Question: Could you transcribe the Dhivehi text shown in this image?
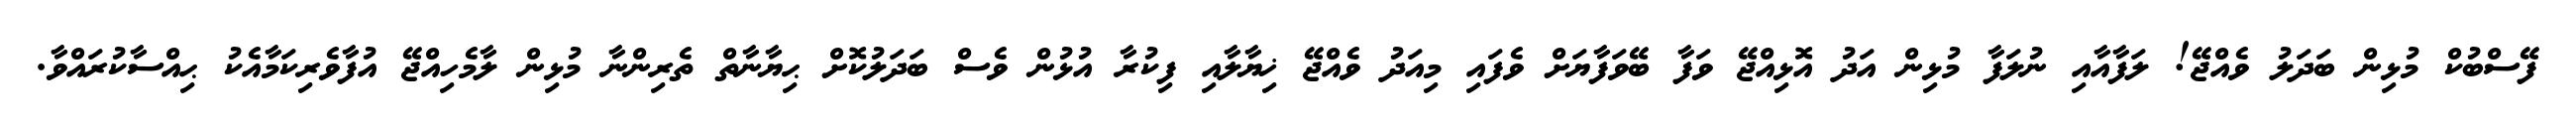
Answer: ފޭސްބުކް މުޅިން ބަދަލު ވެއްޖޭ! ލަފާއާއި ނުލަފާ މުޅިން އަދު އޮޅިއްޖޭ ވަފާ ބޭވަފާޔަށް ވެފައި މިއަދު ވެއްޖޭ ޚިޔާލާއި ފިކުރާ އުޅުން ވެސް ބަދަލުކޮށް ޙިޔާނާތް ތެރިންނާ މުޅިން ލާމެހިއްޖޭ އުފާވެރިކަމާއެކު ޙިއްސާކުރައްވާ.